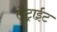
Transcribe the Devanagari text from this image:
लेट्राईट